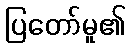
ပြတော်မူ၏